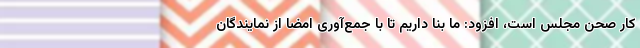
کار صحن مجلس است، افزود: ما بنا داریم تا با جمع‌آوری امضا از نمایندگان